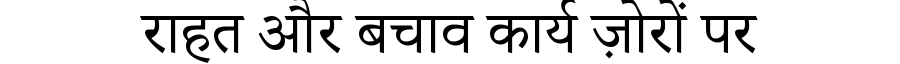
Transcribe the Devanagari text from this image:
राहत और बचाव कार्य ज़ोरों पर